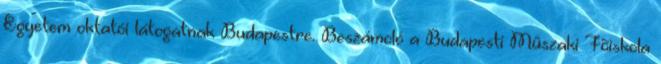
Egyetem oktatói látogatnak Budapestre. Beszámoló a Budapesti Mûszaki Fõiskola